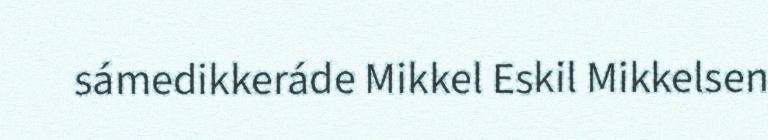
sámedikkeráde Mikkel Eskil Mikkelsen